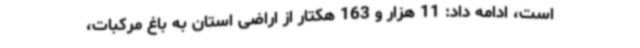
است، ادامه داد: 11 هزار و 163 هکتار از اراضی استان به باغ مرکبات،